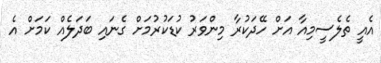
އެއީ ތެލެސީމިއާ އަށް ހޭދަކުރާ މިންވަރު ކުޑަކުރުމަށް ގެނައި ބަދަލެއް ކަމަށް އެ